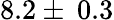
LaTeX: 8.2\pm\: 0.3